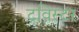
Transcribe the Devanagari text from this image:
ट्रविस्टर